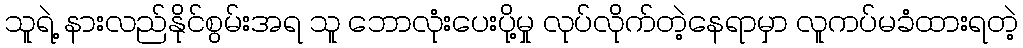
သူရဲ့ နားလည်နိုင်စွမ်းအရ သူ ဘောလုံးပေးပို့မှု လုပ်လိုက်တဲ့နေရာမှာ လူကပ်မခံထားရတဲ့